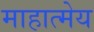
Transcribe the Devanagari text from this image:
माहात्मेय